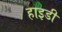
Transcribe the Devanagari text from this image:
हाइडी